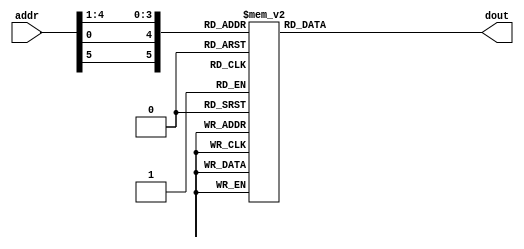
/////////////////////////////////////////////////////////////////////
////                                                             ////
////  SBOX                                                       ////
////  The SBOX is essentially a 64x4 ROM                         ////
////                                                             ////
////          rudi@asics.ws                                      ////
////                                                             ////
/////////////////////////////////////////////////////////////////////
////                                                             ////
//// Copyright (C) 2001 Rudolf Usselmann                         ////
////                    rudi@asics.ws                            ////
////                                                             ////
//// This source file may be used and distributed without        ////
//// restriction provided that this copyright statement is not   ////
//// removed from the file and that any derivative work contains ////
//// the original copyright notice and the associated disclaimer.////
////                                                             ////
////     THIS SOFTWARE IS PROVIDED ``AS IS'' AND WITHOUT ANY     ////
//// EXPRESS OR IMPLIED WARRANTIES, INCLUDING, BUT NOT LIMITED   ////
//// TO, THE IMPLIED WARRANTIES OF MERCHANTABILITY AND FITNESS   ////
//// FOR A PARTICULAR PURPOSE. IN NO EVENT SHALL THE AUTHOR      ////
//// OR CONTRIBUTORS BE LIABLE FOR ANY DIRECT, INDIRECT,         ////
//// INCIDENTAL, SPECIAL, EXEMPLARY, OR CONSEQUENTIAL DAMAGES    ////
//// (INCLUDING, BUT NOT LIMITED TO, PROCUREMENT OF SUBSTITUTE   ////
//// GOODS OR SERVICES; LOSS OF USE, DATA, OR PROFITS; OR        ////
//// BUSINESS INTERRUPTION) HOWEVER CAUSED AND ON ANY THEORY OF  ////
//// LIABILITY, WHETHER IN  CONTRACT, STRICT LIABILITY, OR TORT  ////
//// (INCLUDING NEGLIGENCE OR OTHERWISE) ARISING IN ANY WAY OUT  ////
//// OF THE USE OF THIS SOFTWARE, EVEN IF ADVISED OF THE         ////
//// POSSIBILITY OF SUCH DAMAGE.                                 ////
////                                                             ////
/////////////////////////////////////////////////////////////////////
`timescale 1ns / 1ps

module  sbox2(addr, dout);
input	[1:6] addr;
output	[1:4] dout;
reg	[1:4] dout;

always @(addr) begin
    case ({addr[1], addr[6], addr[2:5]})	//synopsys full_case parallel_case
         0:  dout = 15;
         1:  dout =  1;
         2:  dout =  8;
         3:  dout = 14;
         4:  dout =  6;
         5:  dout = 11;
         6:  dout =  3;
         7:  dout =  4;
         8:  dout =  9;
         9:  dout =  7;
        10:  dout =  2;
        11:  dout = 13;
        12:  dout = 12;
        13:  dout =  0;
        14:  dout =  5;
        15:  dout = 10;

        16:  dout =  3;
        17:  dout = 13;
        18:  dout =  4;
        19:  dout =  7;
        20:  dout = 15;
        21:  dout =  2;
        22:  dout =  8;
        23:  dout = 14;
        24:  dout = 12;
        25:  dout =  0;
        26:  dout =  1;
        27:  dout = 10;
        28:  dout =  6;
        29:  dout =  9;
        30:  dout = 11;
        31:  dout =  5;

        32:  dout =  0;
        33:  dout = 14;
        34:  dout =  7;
        35:  dout = 11;
        36:  dout = 10;
        37:  dout =  4;
        38:  dout = 13;
        39:  dout =  1;
        40:  dout =  5;
        41:  dout =  8;
        42:  dout = 12;
        43:  dout =  6;
        44:  dout =  9;
        45:  dout =  3;
        46:  dout =  2;
        47:  dout = 15;

        48:  dout = 13;
        49:  dout =  8;
        50:  dout = 10;
        51:  dout =  1;
        52:  dout =  3;
        53:  dout = 15;
        54:  dout =  4;
        55:  dout =  2;
        56:  dout = 11;
        57:  dout =  6;
        58:  dout =  7;
        59:  dout = 12;
        60:  dout =  0;
        61:  dout =  5;
        62:  dout = 14;
        63:  dout =  9;

    endcase
    end

endmodule